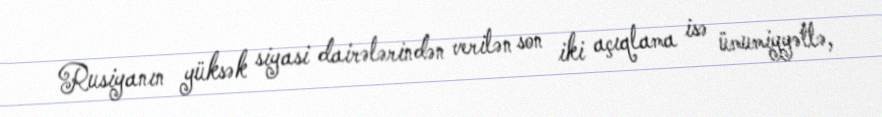
Rusiyanın yüksək siyasi dairələrindən verilən son iki açıqlama isə ümumiyyətlə,